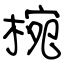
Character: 椀